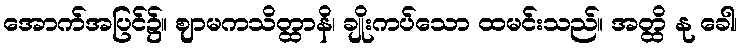
အောက်အပြင်၌။ ဈာမကသိတ္ထာနိ၊ ချိုးကပ်သော ထမင်းသည်။ အတ္ထိ နု ခေါ၊